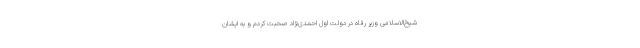
شیخ‌الاسلامی وزیر رفاه در دولت اول احمدی‌نژاد صحبت کردم و به ایشان